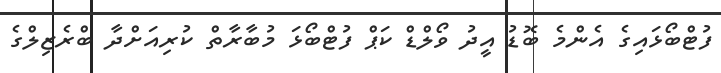
ފުޓްބޯޅައިގެ އެންމެ ބޮޑު އީދު ވޯލްޑް ކަޕް ފުޓްބޯޅަ މުބާރާތް ކުރިއަށްދާ ބްރެޒިލްގެ